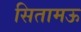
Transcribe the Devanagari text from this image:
सितामऊ